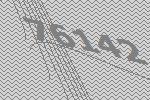
76142